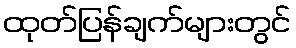
ထုတ်ပြန်ချက်များတွင်